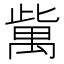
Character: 歶